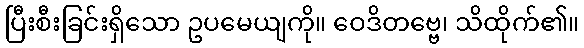
ပြီးစီးခြင်းရှိသော ဥပမေယျကို။ ဝေဒိတဗ္ဗေ၊ သိထိုက်၏။